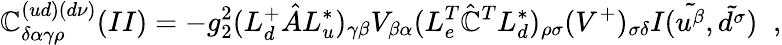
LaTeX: \mathbb{C}_{\delta\alpha\gamma\rho}^{(ud)(d\nu)}(II)=-g_{2}^{2}(L_{d}^{+}\hat{{A}}L_{u}^{*})_{\gamma\beta}V_{\beta\alpha}(L_{e}^{T}\hat{{\mathbb{C}}}^{T}L_{d}^{*})_{\rho\sigma}(V^{+})_{\sigma\delta}I(\tilde{{u^{\beta}}},\tilde{{d^{\sigma}}})\; \; ,